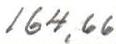
164,66